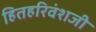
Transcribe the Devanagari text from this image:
हितहरिवंशजी